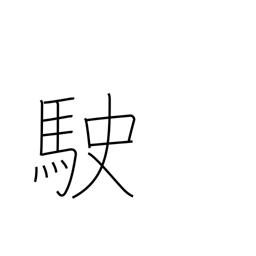
Meaning: run fast